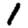
Digit: 1